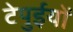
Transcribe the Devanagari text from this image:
टेपुईयों